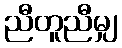
ညီတူညီမျှ